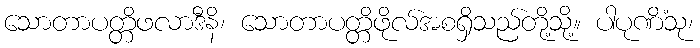
သောတာပတ္တိဖလာဒီနိ၊ သောတာပတ္တိဖိုလ်အစရှိသည်တို့သို့။ ပါပုဏိံသု၊